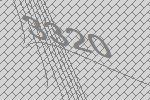
3320